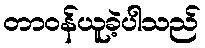
တာဝန်ယူခဲ့ပါသည်